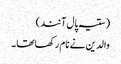
( ستیہ پال آنند)
والدین نے نام رکھا تھا ۔